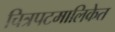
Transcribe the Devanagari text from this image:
चित्रपटमालिकेत